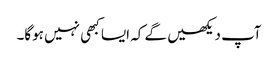
آپ دیکھیں گے کہ ایسا کبھی نہیں ہوگا۔